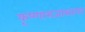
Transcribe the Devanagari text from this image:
कृष्णाराजासागर